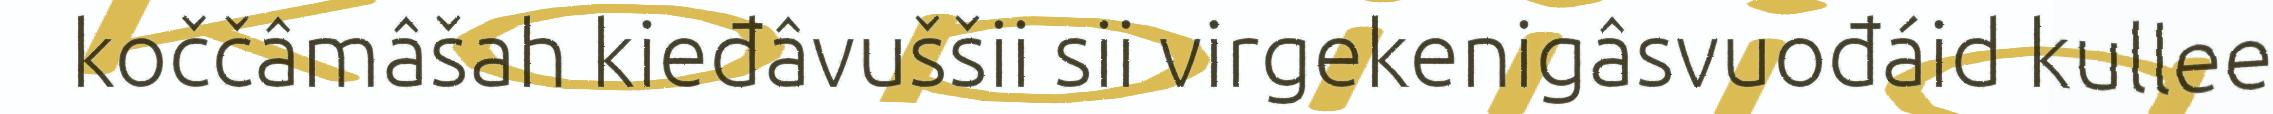
koččâmâšah kieđâvuššii sii virgekenigâsvuođáid kullee